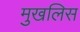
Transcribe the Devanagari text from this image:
मुखलिस